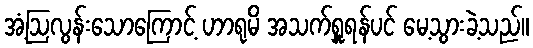
အံ့ဩလွန်းသောကြောင့် ဟာရုမိ အသက်ရှူရန်ပင် မေ့သွားခဲ့သည်။